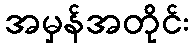
အမှန်အတိုင်း